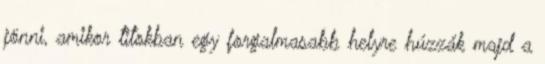
jönni, amikor titokban egy forgalmasabb helyre húzzák majd a